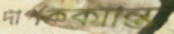
দীপককান্তি